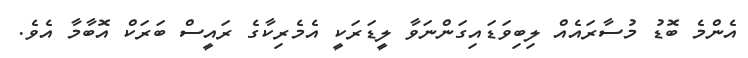
އެންމެ ބޮޑު މުސާރައެއް ލިބިވަޑައިގަންނަވާ ލީޑަރަކީ އެމެރިކާގެ ރައީސް ބަރަކް އޮބާމާ އެވެ.